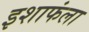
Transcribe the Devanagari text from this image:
इशाफंला